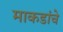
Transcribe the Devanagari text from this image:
माकडांचे